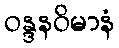
ဝန္ဒနဝိမာနံ